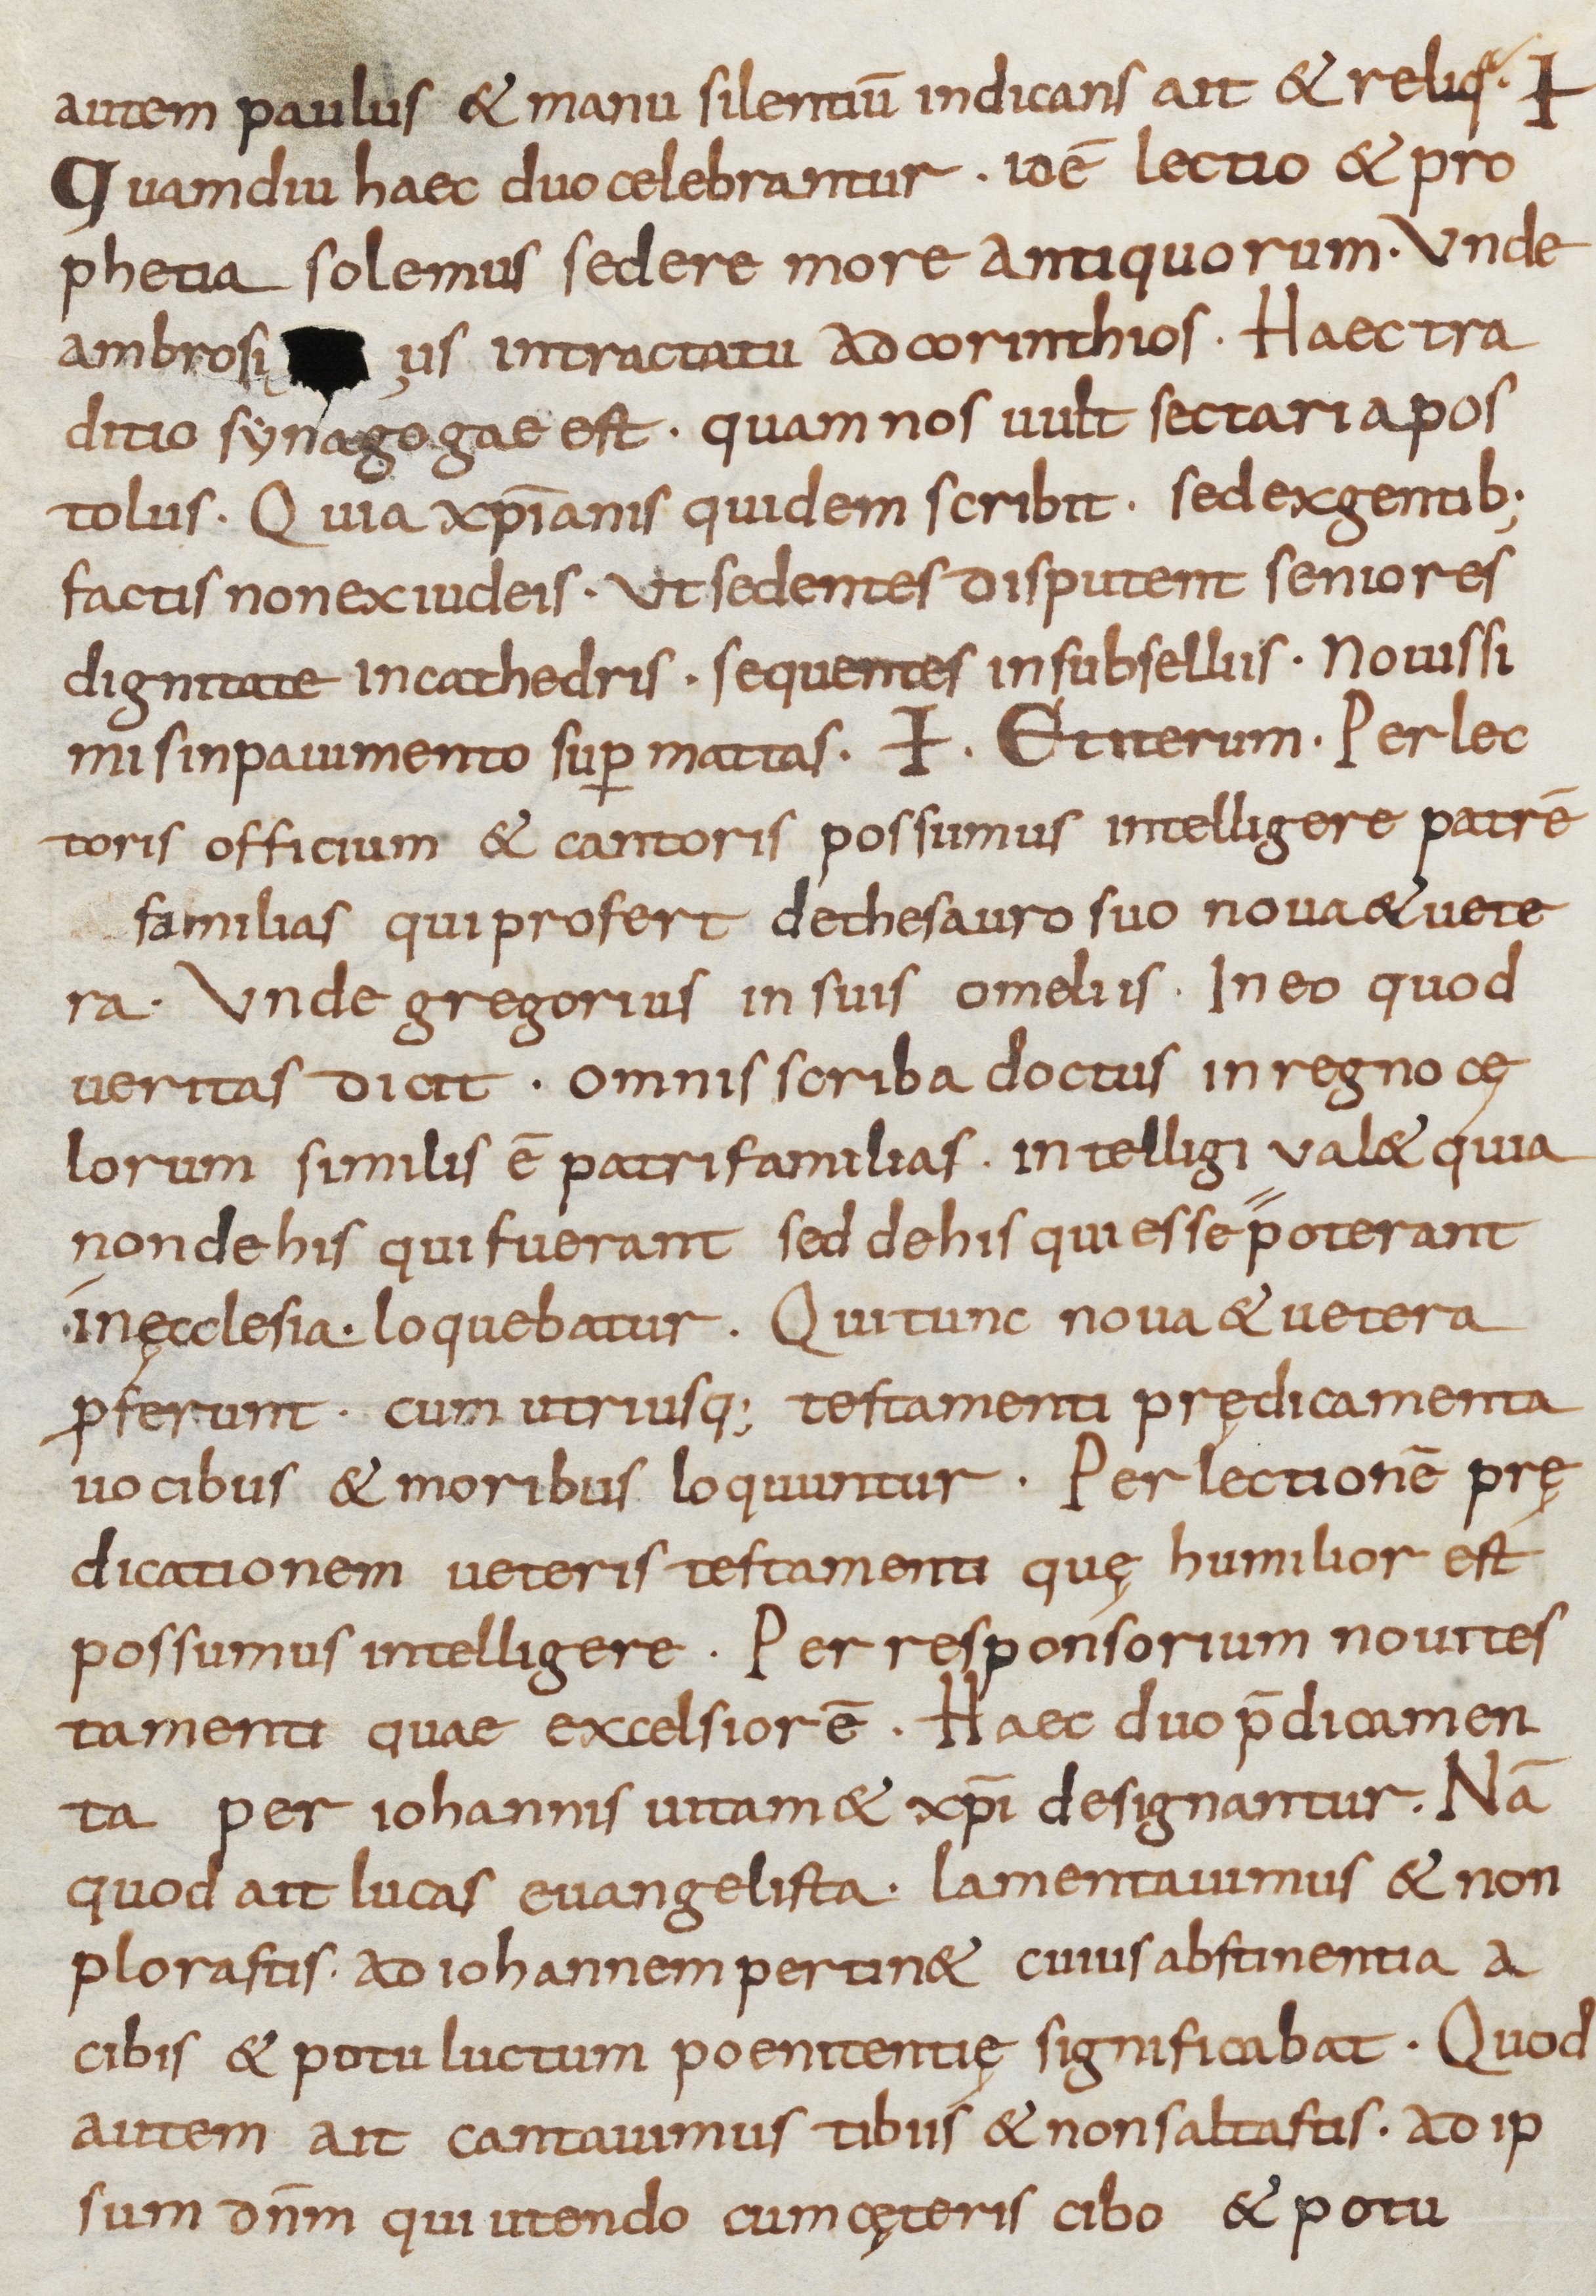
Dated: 800–899